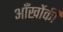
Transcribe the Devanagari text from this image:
आँखोंकी